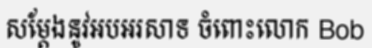
សម្តែងនូវអបអរសាទ ចំពោះលោក Bob